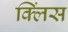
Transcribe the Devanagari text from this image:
क्लिंस